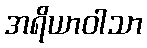
အရိယာဝါသာ